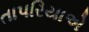
તાપરિયાએ